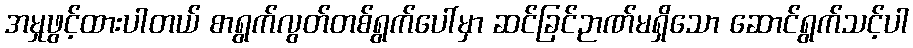
အမှုဖွင့်ထားပါတယ် စာရွက်လွတ်တစ်ရွက်ပေါ်မှာ ဆင်ခြင်ဉာဏ်မရှိသော ဆောင်ရွက်သင့်ပါ